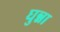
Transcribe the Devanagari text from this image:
घुन्ना